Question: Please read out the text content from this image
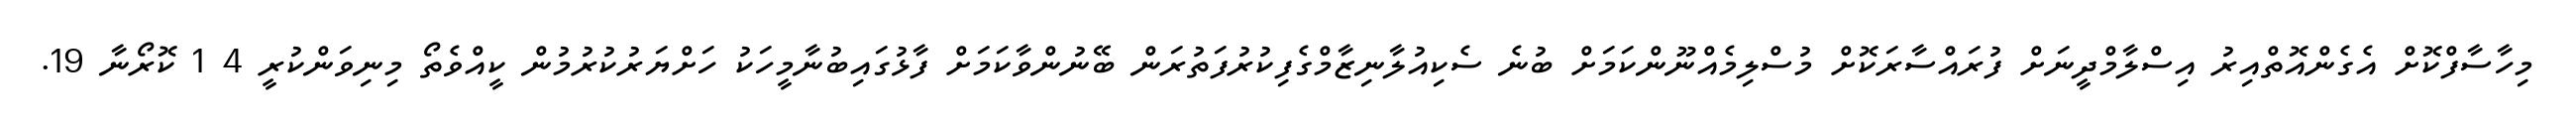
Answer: މިހާސާފްކޮށް އެގެންއޮތްއިރު އިސްލާމްދީނަށް ފުރައްސާރަކޮށް މުސްލިމެއްނޫންކަމަށް ބުނެ ސެކިއުލާނިޒާމްގެފިކުރުފަތުރަން ބޭނުންވާކަމަށް ފާޅުގައިބުނާމީހަކު ހަށްޔަރުކުރުމުން ކީއްވެތޯ މިނިވަންކުރީ 4 1 ކޮރޯނާ 19.